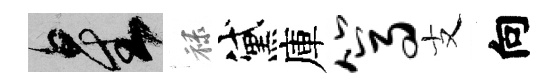
星禄黛庫篙支向